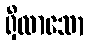
ရှိလာသော